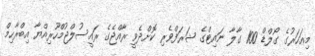
މިއަހަރުގެ ގޯލްޑް 100 ގާލާ ނައިޓްގެ ޝަރަފްވެރި ކޮށްދެވީ ރާއްޖެގެ ރައީސުލްޖުމްހޫރިއްޔާ އިބްރާހިމް